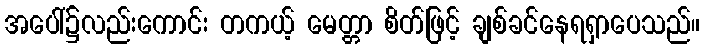
အပေါ်၌လည်းကောင်း တကယ့် မေတ္တာ စိတ်ဖြင့် ချစ်ခင်နေရရှာပေသည်။